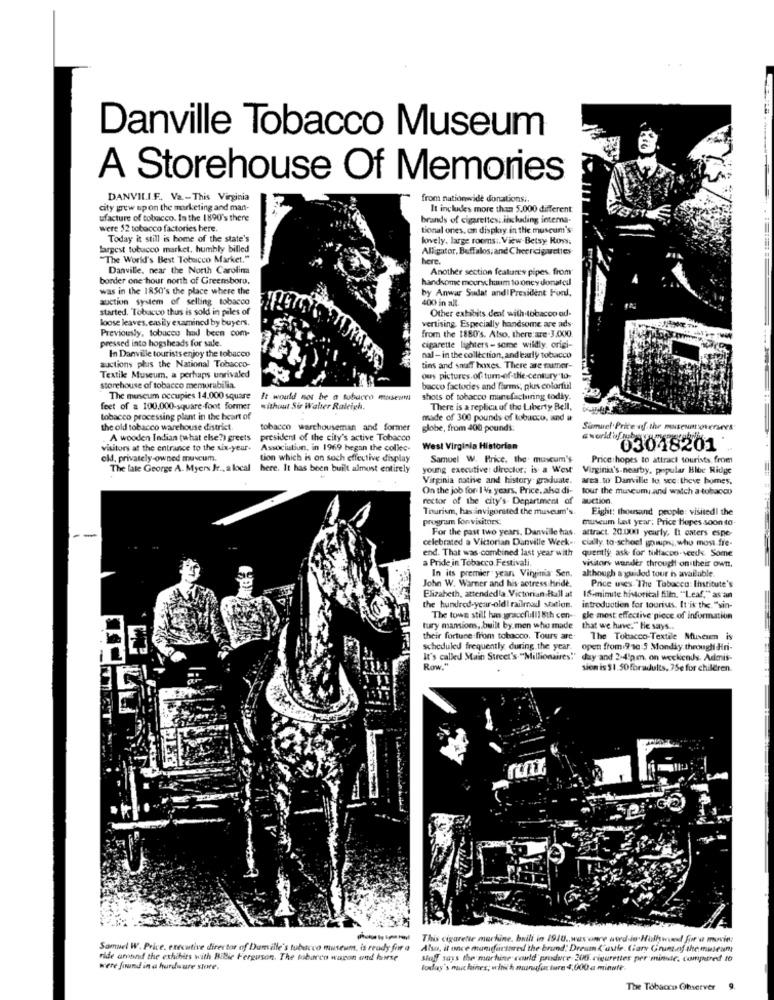
Danville Tobacco Museum
A Storehouse Of Memories
DANVILI.F. Va- This Virginia
from nationwide donationsi.
city wew upon the marketing and man-
It includes more than 5.000 different
ufacture of tobacco. In the 1890's there
brands of cigarettes: including interna-
were 52 tobacco factories here.
tional ones, on display in the museum's
Today it still is home of the state's
lovely. large rooms :. View-Betsy Rowy.
largest tobacco market. humbly billed
Alligator, Buffalos, and Cheerciguettes
"The World's Best Tobacco Market."
here.
Danville, near the North Carolina
Another section features pipes. from
border one hour north of Greensboro,
handsome meerschaum to oncy donat cul
was in the 1850's the place where the
by Anwar Sudat and! President Fonl.
auction system of selling tobacco
400 in all.
started. Tobacco thus is sold in piles of
Other exhibits dent with tobacco ad-
loose leaves. easily examined by buyers.
Previously, tobacco had been com-
from the 1880's. Also, there are-3.000.
vertising. Especially handsome are ads
pressed into hogsheads for sale.
cigarette lighters - some wildly. origi-
auctions plus the National Tobacco-
In Danville tourists enjoy the tobacco
nal- in the collection, and early tobacco
tins and snuff boxes. There are fumer-
Textile Museum, a perhaps unrivaled
ous pictures. of tum-of-the-century 10-
storehouse of tobacco memorabilia.
bacco factodies and farms; plus colorful
The museum occupies 14.000 square
It would not be a tobacco museum
shots of tobacco manufacturing today.
feet of a 100,000-square -foot former
without Sir Walter Raleigh.
There is a replica of the Liberty Bell,
tobacco processing plant in the heart of
made of 300 pounds of tobacco, ind a
the old tobacco warehouse district.
tobacco warehouseman and former
globe, from 400 pounds:
Samuel Price of the museum oversees
A wooden Indian (what else?) greets
president of the city's active Tobacco
visitors at the entrance to the six-year-
Association, in 1969 began the collec-
West Virginia Historian
03048201
old, privately-owned museum.
tion which is on such effective display
Samuel W. Price. the museum's
Price hopes to attract tourists from
The late George A. Myers Jr ., a local here. It has been built almost entirely
young executive: director; is a West
Virginia's nearby, popular Bibe Ridge
Virginia native and history graduate.
area. to Danville to see theve homes.
On the job for 1 4/2 years, Price, alsa di-
tour the museum, and watch a tobacco
rector of the city's. Department of
auction.
Tourism, has invigorated the museum's.
Eight: thousand people: visited! the
program for visitors.
museum last year; Price Hopes soon to
For the past two years, Danville has.
attract. 20.000 yearly, li osters espe-
celebrated a Victorian Danville Week -.
cially to-schoel gouups ;, who most fre-
end. That was combined last year with
quently ask for tilfacco-seeds. Some
a Pride in Tobacco Festivali.
In its premier year Vinginia Sen.
visitors wander through on their own,
John W. Warner and his actress hride.
although a guided tour is available.
Price uses The Tobacco: Institute's
Elizabeth, attendedla Victorian Bull at
ISmimite historical filin. "Leaf," as an
the hundred-year-old! railmad saxtion.
introduction for tourists. It is the. "sin-
The town still hues gracefulll 8th con-
gle most effective piece of information
tury mansions, . built by.men who made
that we have." He says ...
their fortune from tobacco. Tours are
The Tobacco-Textile Museum is
scheduled frequently during the year. open from 9 se 5 Monday through Hiri-
It's called Main Street's "Millionaires"" day and 2-41pm. on weekends. Admis-
Row."
sion is 31.50 foradults, 75e for children
in This cigarette martine, brill in 1910 .. was once wwede Hulhowund for a movie:
Samuel W. Price, executive director of Damille's tubacco museum, is ready for a Also, it once mandarinred the brund: Dream ('ustle. Cary Gnimt.of themuseum
ride around the exhibits with Bible Ferguson, The tobaren waron and herse
Sioff says the martine could produce 200 rigurettes per minde, compared to
were found in a hardware store.
today's mut hines; which munigut tura 4,000 a minute
The Tobacco Ohserver 9.